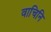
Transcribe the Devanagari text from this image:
वाचिनि